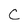
Character: C